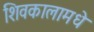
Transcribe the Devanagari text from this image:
शिवकालामधे